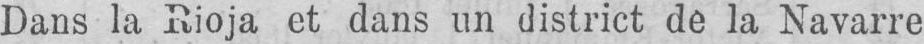
Dans la Rioja et dans un district de la Navarre